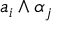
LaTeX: a _ { i } \wedge \alpha _ { j }